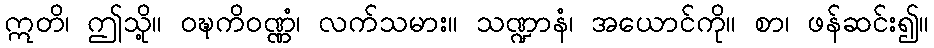
ဣတိ၊ ဤသို့။ ဝဍ္ဎကိဝဏ္ဏံ၊ လက်သမား။ သဏ္ဍာနံ၊ အယောင်ကို။ စာ၊ ဖန်ဆင်း၍။